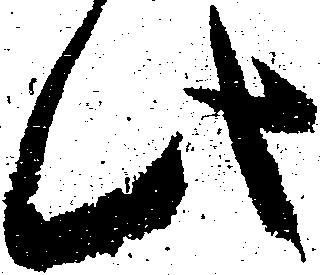
此